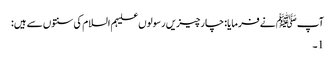
آپﷺ نے فرمایا: چارچیزیں رسولوں علیہم السلام کی سنتوں سے ہیں:
1۔